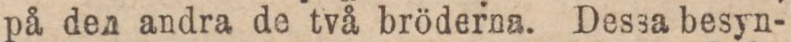
på den andra de två bröderna. Dessa besyn-